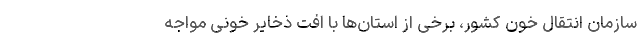
سازمان انتقال خون کشور، برخی از استان‌ها با اُفت ذخایر خونی مواجه